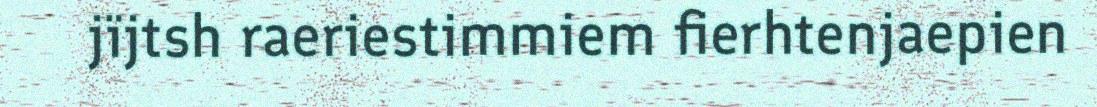
jïjtsh raeriestimmiem fierhtenjaepien